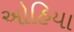
ઓહિયા